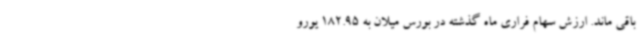
باقی ماند. ارزش سهام فراری ماه گذشته در بورس میلان به 182.95 یورو